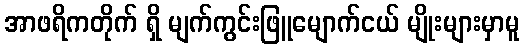
အာဖရိကတိုက် ရှိ မျက်ကွင်းဖြူမျောက်ငယ် မျိုးများမှာမူ